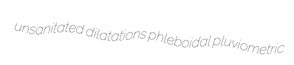
unsanitated dilatations phleboidal pluviometric